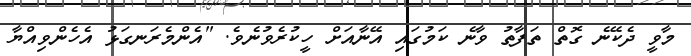
މާވީ ދެކޭނެ ގޮތް ތަފާތު ވާނެ ކަމުގައި އޭނާއަށް ހީކުރެވުނެވެ. "އެންމެރަނގަޅު އެހެންވިއްޔާ